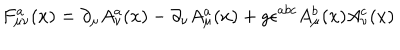
LaTeX: F _ { \mu \nu } ^ { a } ( x ) = \partial _ { \mu } A _ { \nu } ^ { a } ( x ) - \partial _ { \nu } A _ { \mu } ^ { a } ( x ) + g \epsilon ^ { a b c } A _ { \mu } ^ { b } ( x ) A _ { \nu } ^ { c } ( x )